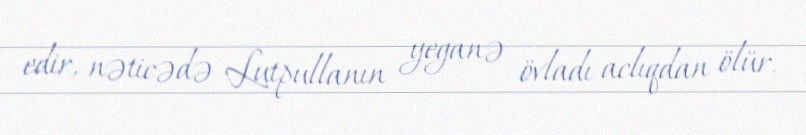
edir, nəticədə Lutpullanın yeganə övladı aclıqdan ölür.